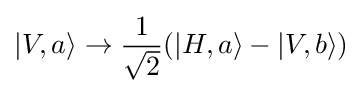
|V,a\rangle \rightarrow {\frac {1}{\sqrt {2}}}(|H,a\rangle -|V,b\rangle )